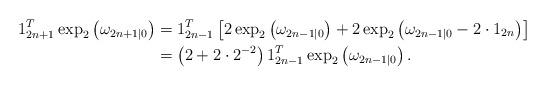
LaTeX: \begin{align*} 1^T_{2n+1}\exp_2\left(\omega_{2n+1|0}\right) &= 1^T_{2n-1}\left[2\exp_2\left(\omega_{2n-1|0}\right) + 2\exp_2\left(\omega_{2n-1|0}-2\cdot 1_{2n}\right)\right]\\ &= \left(2 + 2\cdot2^{-2}\right) 1^T_{2n-1}\exp_2\left(\omega_{2n-1|0}\right). \end{align*}